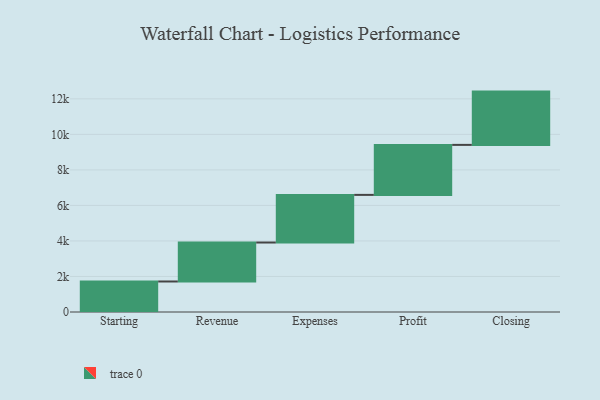
{"axis": {"x": "Step", "y": "Value"}, "legend": [""], "data": [{"x": "Starting", "y": 1718.0, "type": ""}, {"x": "Revenue", "y": 2194.0, "type": ""}, {"x": "Expenses", "y": 2682.0, "type": ""}, {"x": "Profit", "y": 2815.0, "type": ""}, {"x": "Closing", "y": 3000, "type": ""}]}